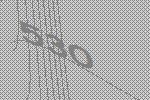
530